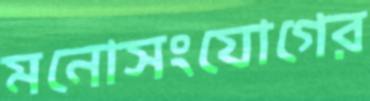
মনোসংযোগের